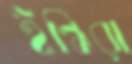
ইন্ধিরা